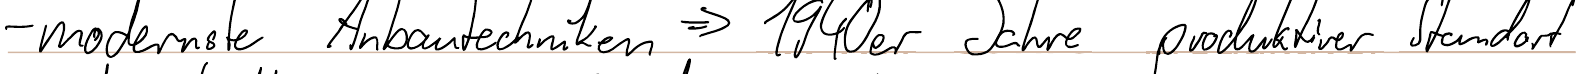
- modernste Anbautechniken => 1940er Jahre produktiver Standort